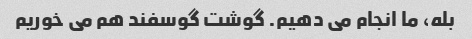
بله، ما انجام می دهیم. گوشت گوسفند هم می خوریم